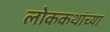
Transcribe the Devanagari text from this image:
लोककथांच्या